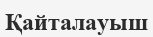
Қайталауыш